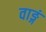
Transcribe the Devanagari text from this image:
वाङ्गं